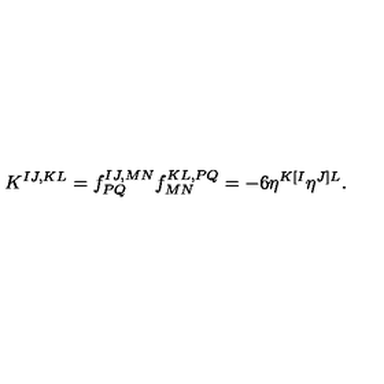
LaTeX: K ^ { I J , K L } = f _ { P Q } ^ { I J , M N } f _ { M N } ^ { K L , P Q } = - 6 \eta ^ { K [ I } \eta ^ { J ] L } .